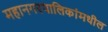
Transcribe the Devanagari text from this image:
महानगरपालिकांमधील